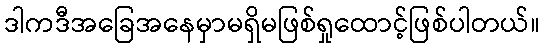
ဒါကဒီအခြေအနေမှာမရှိမဖြစ်ရှုထောင့်ဖြစ်ပါတယ်။